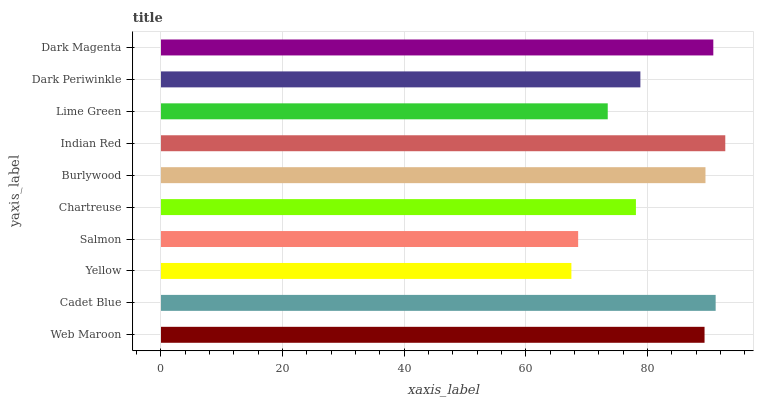
| yaxis_label | bars |
 | --- | --- |
 | Web Maroon | 89.4 |
 | Cadet Blue | 91.2 |
 | Yellow | 67.5 |
 | Salmon | 68.6 |
 | Chartreuse | 78.1 |
 | Burlywood | 89.5 |
 | Indian Red | 92.8 |
 | Lime Green | 73.5 |
 | Dark Periwinkle | 78.8 |
 | Dark Magenta | 90.8 |